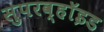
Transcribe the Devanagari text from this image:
सुपरव्हॉइड